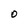
Character: 0